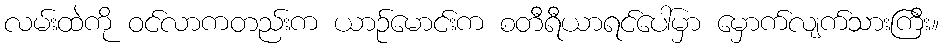
လမ်းထဲကို ဝင်လာကတည်းက ယာဉ်မောင်းက စတီရီယာရင်ပေါ်မှာ မှောက်လျက်သားကြီး။